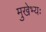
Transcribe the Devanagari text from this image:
मुखेभ्यः